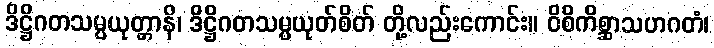
ဒိဋ္ဌိဂတသမ္ပယုတ္တာနိ၊ ဒိဋ္ဌိဂတသမ္ပယုတ်စိတ် တို့လည်းကောင်း။ ဝိစိကိစ္ဆာသဟဂတံ၊